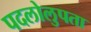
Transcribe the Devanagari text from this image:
पदलोलुपता